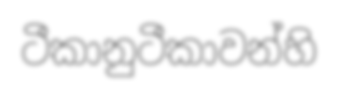
ටීකානුටීකාවන්හි